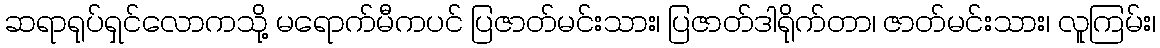
ဆရာရုပ်ရှင်လောကသို့ မရောက်မီကပင် ပြဇာတ်မင်းသား၊ ပြဇာတ်ဒါရိုက်တာ၊ ဇာတ်မင်းသား၊ လူကြမ်း၊